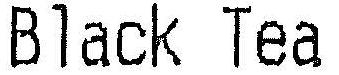
BLACK TEA